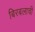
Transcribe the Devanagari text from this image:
बिरबलाची